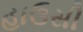
હાઉસી